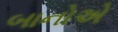
બાનોએ